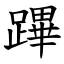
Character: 蹕